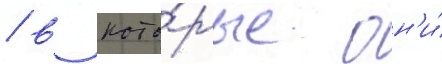
/ в кото́рые он'и́